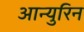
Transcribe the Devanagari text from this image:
आन्युरिन